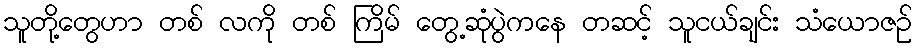
သူတို့တွေဟာ တစ် လကို တစ် ကြိမ် တွေ့ဆုံပွဲကနေ တဆင့် သူငယ်ချင်း သံယောဇဉ်